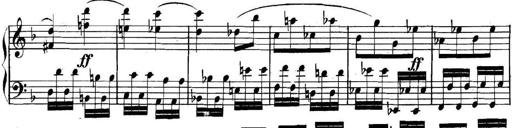
Title: Collected Piano Sonatas
Composer: Muzio Clementi